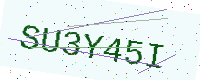
Text: SU3Y45I